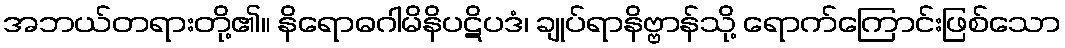
အဘယ်တရားတို့၏။ နိရောဓဂါမိနိပဋိပဒံ၊ ချုပ်ရာနိဗ္ဗာန်သို့ ရောက်ကြောင်းဖြစ်သော